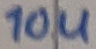
Text: 10u